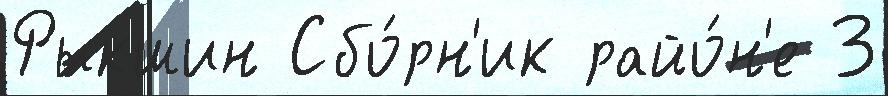
Рыкшин Сбо́рн'ик райо́н'е 3